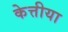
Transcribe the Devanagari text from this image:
केत्तीया